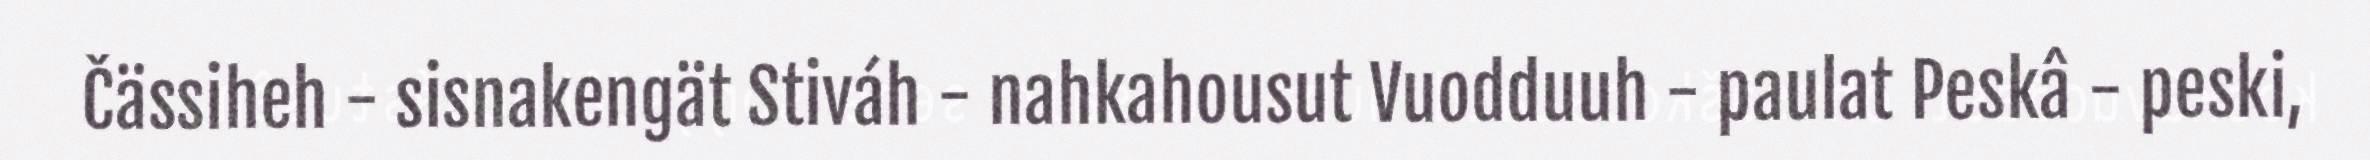
Čässiheh - sisnakengät Stiváh - nahkahousut Vuodduuh - paulat Peskâ - peski,